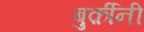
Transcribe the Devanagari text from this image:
बुर्क़ीनी